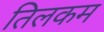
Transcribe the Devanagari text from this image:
तिलकम